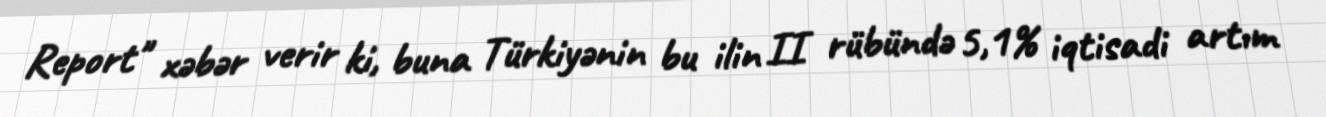
Report" xəbər verir ki, buna Türkiyənin bu ilin II rübündə 5,1% iqtisadi artım